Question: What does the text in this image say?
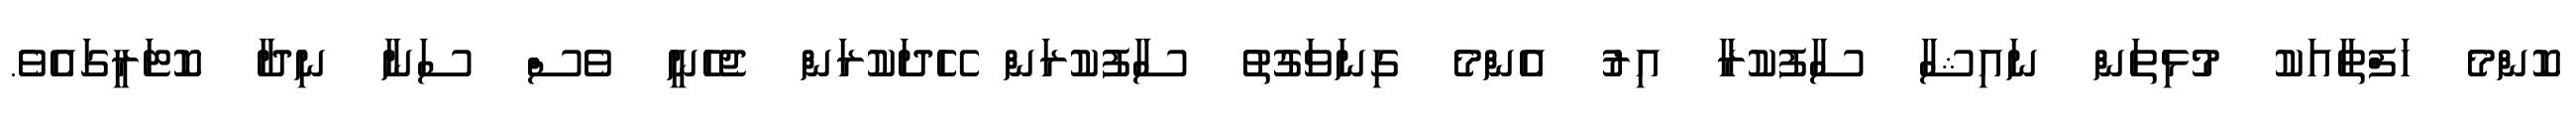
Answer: ކޮންމެ ހަފްތާއަކު މުޅިތަން ނައިޝާ ސާފުކުރާ އިރު އެންމެ ގިނަވަގުތު ސާފުކުރަން ހޭދަކުރަން ޖެހެނީ ވެސް ސަނާ ނިދާ ކޮޓަރީގައެވެ.